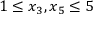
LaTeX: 1 \leq x _ { 3 } , x _ { 5 } \leq 5